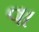
વા